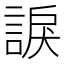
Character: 𧩈